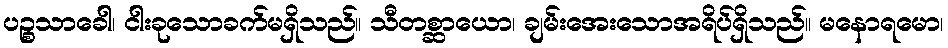
ပဉ္စသာခေါ၊ ငါးခုသောခက်မရှိသည်။ သီတစ္ဆာယော၊ ချမ်းအေးသောအရိပ်ရှိသည်။ မနောရမော၊